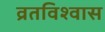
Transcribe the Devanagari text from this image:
व्रतविश्वास